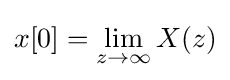
x[0]=\lim _{z\to \infty }X(z)